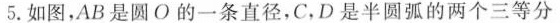
5.如图，AB是圆O的一条直径，C，D是半圆弧的两个三等分